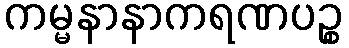
ကမ္မနာနာကရဏပဉ္စ